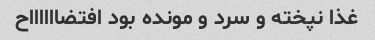
غذا نپخته و سرد و مونده بود افتضااااااح